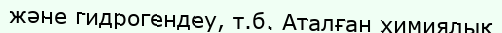
және гидрогендеу, т.б. Аталған химиялық